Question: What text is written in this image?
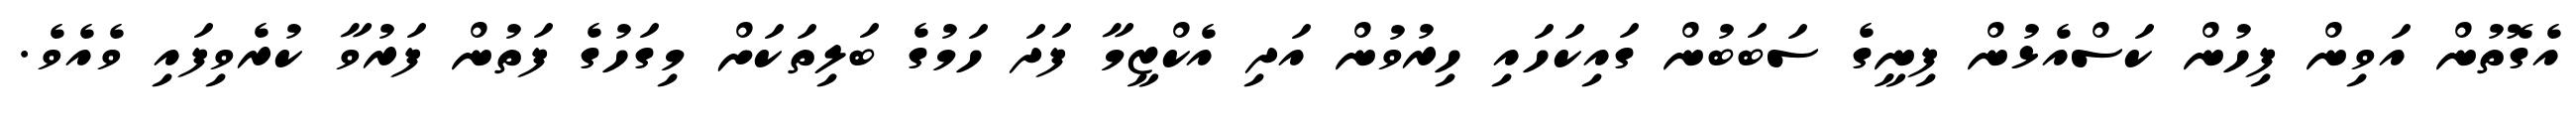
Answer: އެގޮތުން އަވިން ފިހުން ކަސްއެޅުން ފިނީގެ ސަބަބުން ގައިކަހައި ހިރުވުން އަދި އެކްޒީމާ ފަދަ ހަމުގެ ބަލިތަކަށް މިގަހުގެ ފަތުން ފަރުވާ ކުރެވިފައި ވެއެވެ.